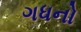
ગધનો